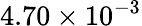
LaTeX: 4.70\times 10^{-3}